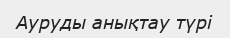
Ауруды анықтау түрі